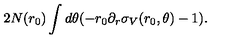
2 N ( r _ { 0 } ) \int d \theta ( - r _ { 0 } \partial _ { r } \sigma _ { V } ( r _ { 0 } , \theta ) - 1 ) .